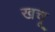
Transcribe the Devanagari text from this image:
खचू